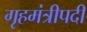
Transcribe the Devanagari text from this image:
गृहमंत्रीपदी